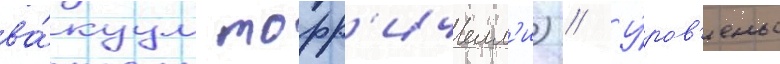
ва́куум торр'ичелл'и) // У́ров'ень